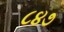
૮૪૭